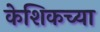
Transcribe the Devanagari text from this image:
केशिकच्या